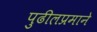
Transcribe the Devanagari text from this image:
पुढीलप्रमाने